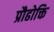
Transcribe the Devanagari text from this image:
प्रौढोक्ति